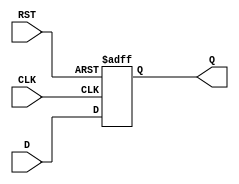
module InputRegister (
    input wire [N-1:0] D,      // Data input
    input wire CLK,            // Clock input
    input wire RST,            // Reset input
    output reg [N-1:0] Q       // Data output
);
    parameter N = 8;           // Parameter for data width (default is 8 bits)

    // Always block for sequential logic
    always @(posedge CLK or posedge RST) begin
        if (RST) begin
            Q <= {N{1'b0}};     // Asynchronous reset: set Q to 0
        end else begin
            Q <= D;             // Capture data on rising edge of clock
        end
    end
endmodule